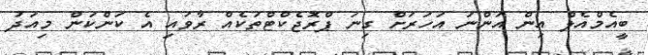
ބީއެމްއެލް އިން އަންނަ އަހަރަށް ގިނަ ޕްރޮޖެކްޓްތަކެއް ރާވައި އެ ކަންކަން މިއަދު